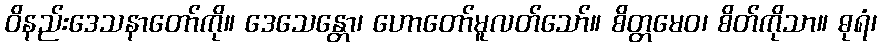
ဝိနည်းဒေသနာတော်ကို။ ဒေသေန္တော၊ ဟောတော်မူလတ်သော်။ စိတ္တမေဝ၊ စိတ်ကိုသာ။ ဓုရံ၊